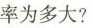
率为多大？